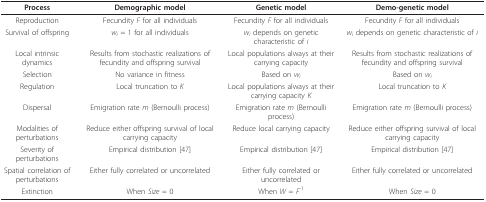
<table><thead><tr><td><b>Process</b></td><td><b>Demographic model</b></td><td><b>Genetic model</b></td><td><b>Demo-genetic model</b></td></tr></thead><tbody><tr><td>Reproduction</td><td>Fecundity <i>F </i>for all individuals</td><td>Fecundity <i>F </i>for all individuals</td><td>Fecundity <i>F </i>for all individuals</td></tr><tr><td>Survival of offspring</td><td><i>w<sub>i </sub></i>= 1 for all individuals</td><td><i>w<sub>i </sub></i>depends on genetic characteristic of <i>i</i></td><td><i>w<sub>i </sub></i>depends on genetic characteristic of <i>i</i></td></tr><tr><td>Local intrinsic dynamics</td><td>Results from stochastic realizations of fecundity and offspring survival</td><td>Local populations always at their carrying capacity</td><td>Results from stochastic realizations of fecundity and offspring survival</td></tr><tr><td>Selection</td><td>No variance in fitness</td><td>Based on <i>w<sub>i</sub></i></td><td>Based on <i>w<sub>i</sub></i></td></tr><tr><td>Regulation</td><td>Local truncation to <i>K</i></td><td>Local populations always at their carrying capacity <i>K</i></td><td>Local truncation to <i>K</i></td></tr><tr><td>Dispersal</td><td>Emigration rate <i>m </i>(Bernoulli process)</td><td>Emigration rate <i>m </i>(Bernoulli process)</td><td>Emigration rate <i>m </i>(Bernoulli process)</td></tr><tr><td>Modalities of perturbations</td><td>Reduce either offspring survival of local carrying capacity</td><td>Reduce local carrying capacity</td><td>Reduce either offspring survival of local carrying capacity</td></tr><tr><td>Severity of perturbations</td><td>Empirical distribution [47]</td><td>Empirical distribution [47]</td><td>Empirical distribution [47]</td></tr><tr><td>Spatial correlation of perturbations</td><td>Either fully correlated or uncorrelated</td><td>Either fully correlated or uncorrelated</td><td>Either fully correlated or uncorrelated</td></tr><tr><td>Extinction</td><td>When <i>Size </i>= 0</td><td>When <i>W </i>= <i>F</i><sup>-1</sup></td><td>When <i>Size </i>= 0</td></tr></tbody></table>